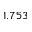
1 . 7 5 3